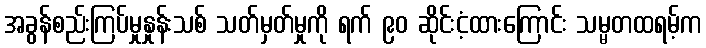
အခွန်စည်းကြပ်မှုနှုန်းသစ် သတ်မှတ်မှုကို ရက် ၉၀ ဆိုင်းငံ့ထားကြောင်း သမ္မတထရမ့်က